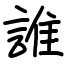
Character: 誰